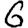
Digit: 6